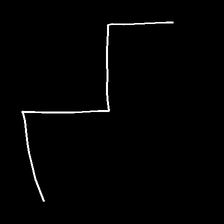
Glyph: crush